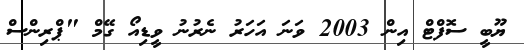
ޔޫބީ ސޮފްޓް އިން 2003 ވަނަ އަހަރު ނެރުނު ވީޑިއޯ ގޭމް "ޕްރިންސް